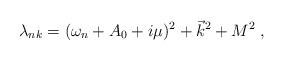
LaTeX: \begin{align*} \lambda_{nk}=(\omega_n + A_0 +i\mu)^2+\vec k^2+M^2\;,\end{align*}